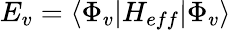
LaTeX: \begin{array}{r}{E_{v}=\langle\Phi_{v}|H_{eff}|\Phi_{v}\rangle}\end{array}